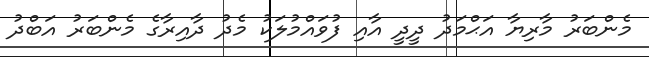
މެންބަރު މާރިޔާ އަޙްމަދު ދީދީ އާއި ފުވައްމުލަކު މެދު ދާއިރާގެ މެންބަރު އަބްދު